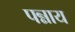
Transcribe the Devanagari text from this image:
पन्नाय